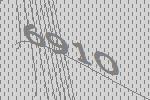
6910